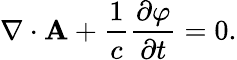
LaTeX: \nabla\cdot{\mathbf{A}}+{\frac{1}{c}}{\frac{\partial\varphi}{\partial t}}=0.